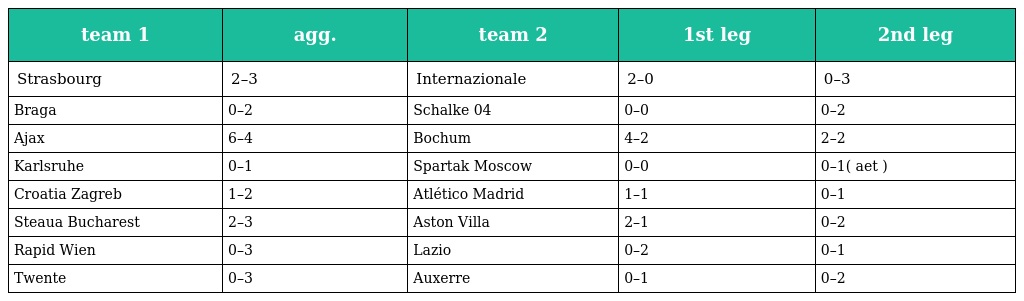
| team 1 | agg. | team 2 | 1st leg | 2nd leg |
 | --- | --- | --- | --- | --- |
 | Strasbourg | 2–3 | Internazionale | 2–0 | 0–3 |
 | Braga | 0–2 | Schalke 04 | 0–0 | 0–2 |
 | Ajax | 6–4 | Bochum | 4–2 | 2–2 |
 | Karlsruhe | 0–1 | Spartak Moscow | 0–0 | 0–1( aet ) |
 | Croatia Zagreb | 1–2 | Atlético Madrid | 1–1 | 0–1 |
 | Steaua Bucharest | 2–3 | Aston Villa | 2–1 | 0–2 |
 | Rapid Wien | 0–3 | Lazio | 0–2 | 0–1 |
 | Twente | 0–3 | Auxerre | 0–1 | 0–2 |